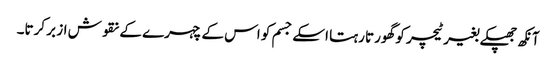
آنکھ جھپکے بغیر ٹیچر کو گھورتا رہتا اسکے جسم کو اس کے چہرے کے نقوش از بر کرتا۔